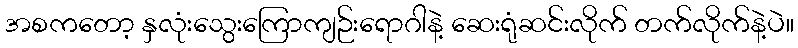
အစကတော့ နှလုံးသွေးကြောကျဉ်းရောဂါနဲ့ ဆေးရုံဆင်းလိုက် တက်လိုက်နဲ့ပဲ။